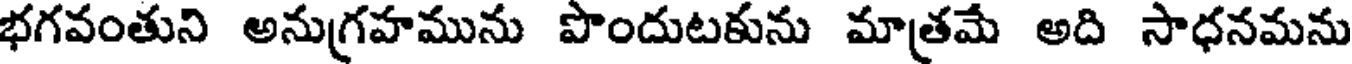
భగవంతుని అనుగ్రహమును పొందుటకును మాత్రమే అది సాధనమను